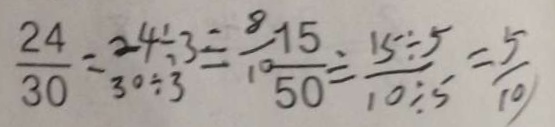
\frac { 2 4 } { 3 0 } = \frac { 2 4 \div 3 } { 3 0 \div 3 } = \frac { 8 } { 1 0 } \frac { 1 5 } { 5 0 } = \frac { 1 5 \div 5 } { 1 0 \div 5 } = \frac { 5 } { 1 0 }